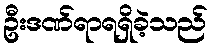
ဦးဒဏ်ရာရရှိခဲ့သည်